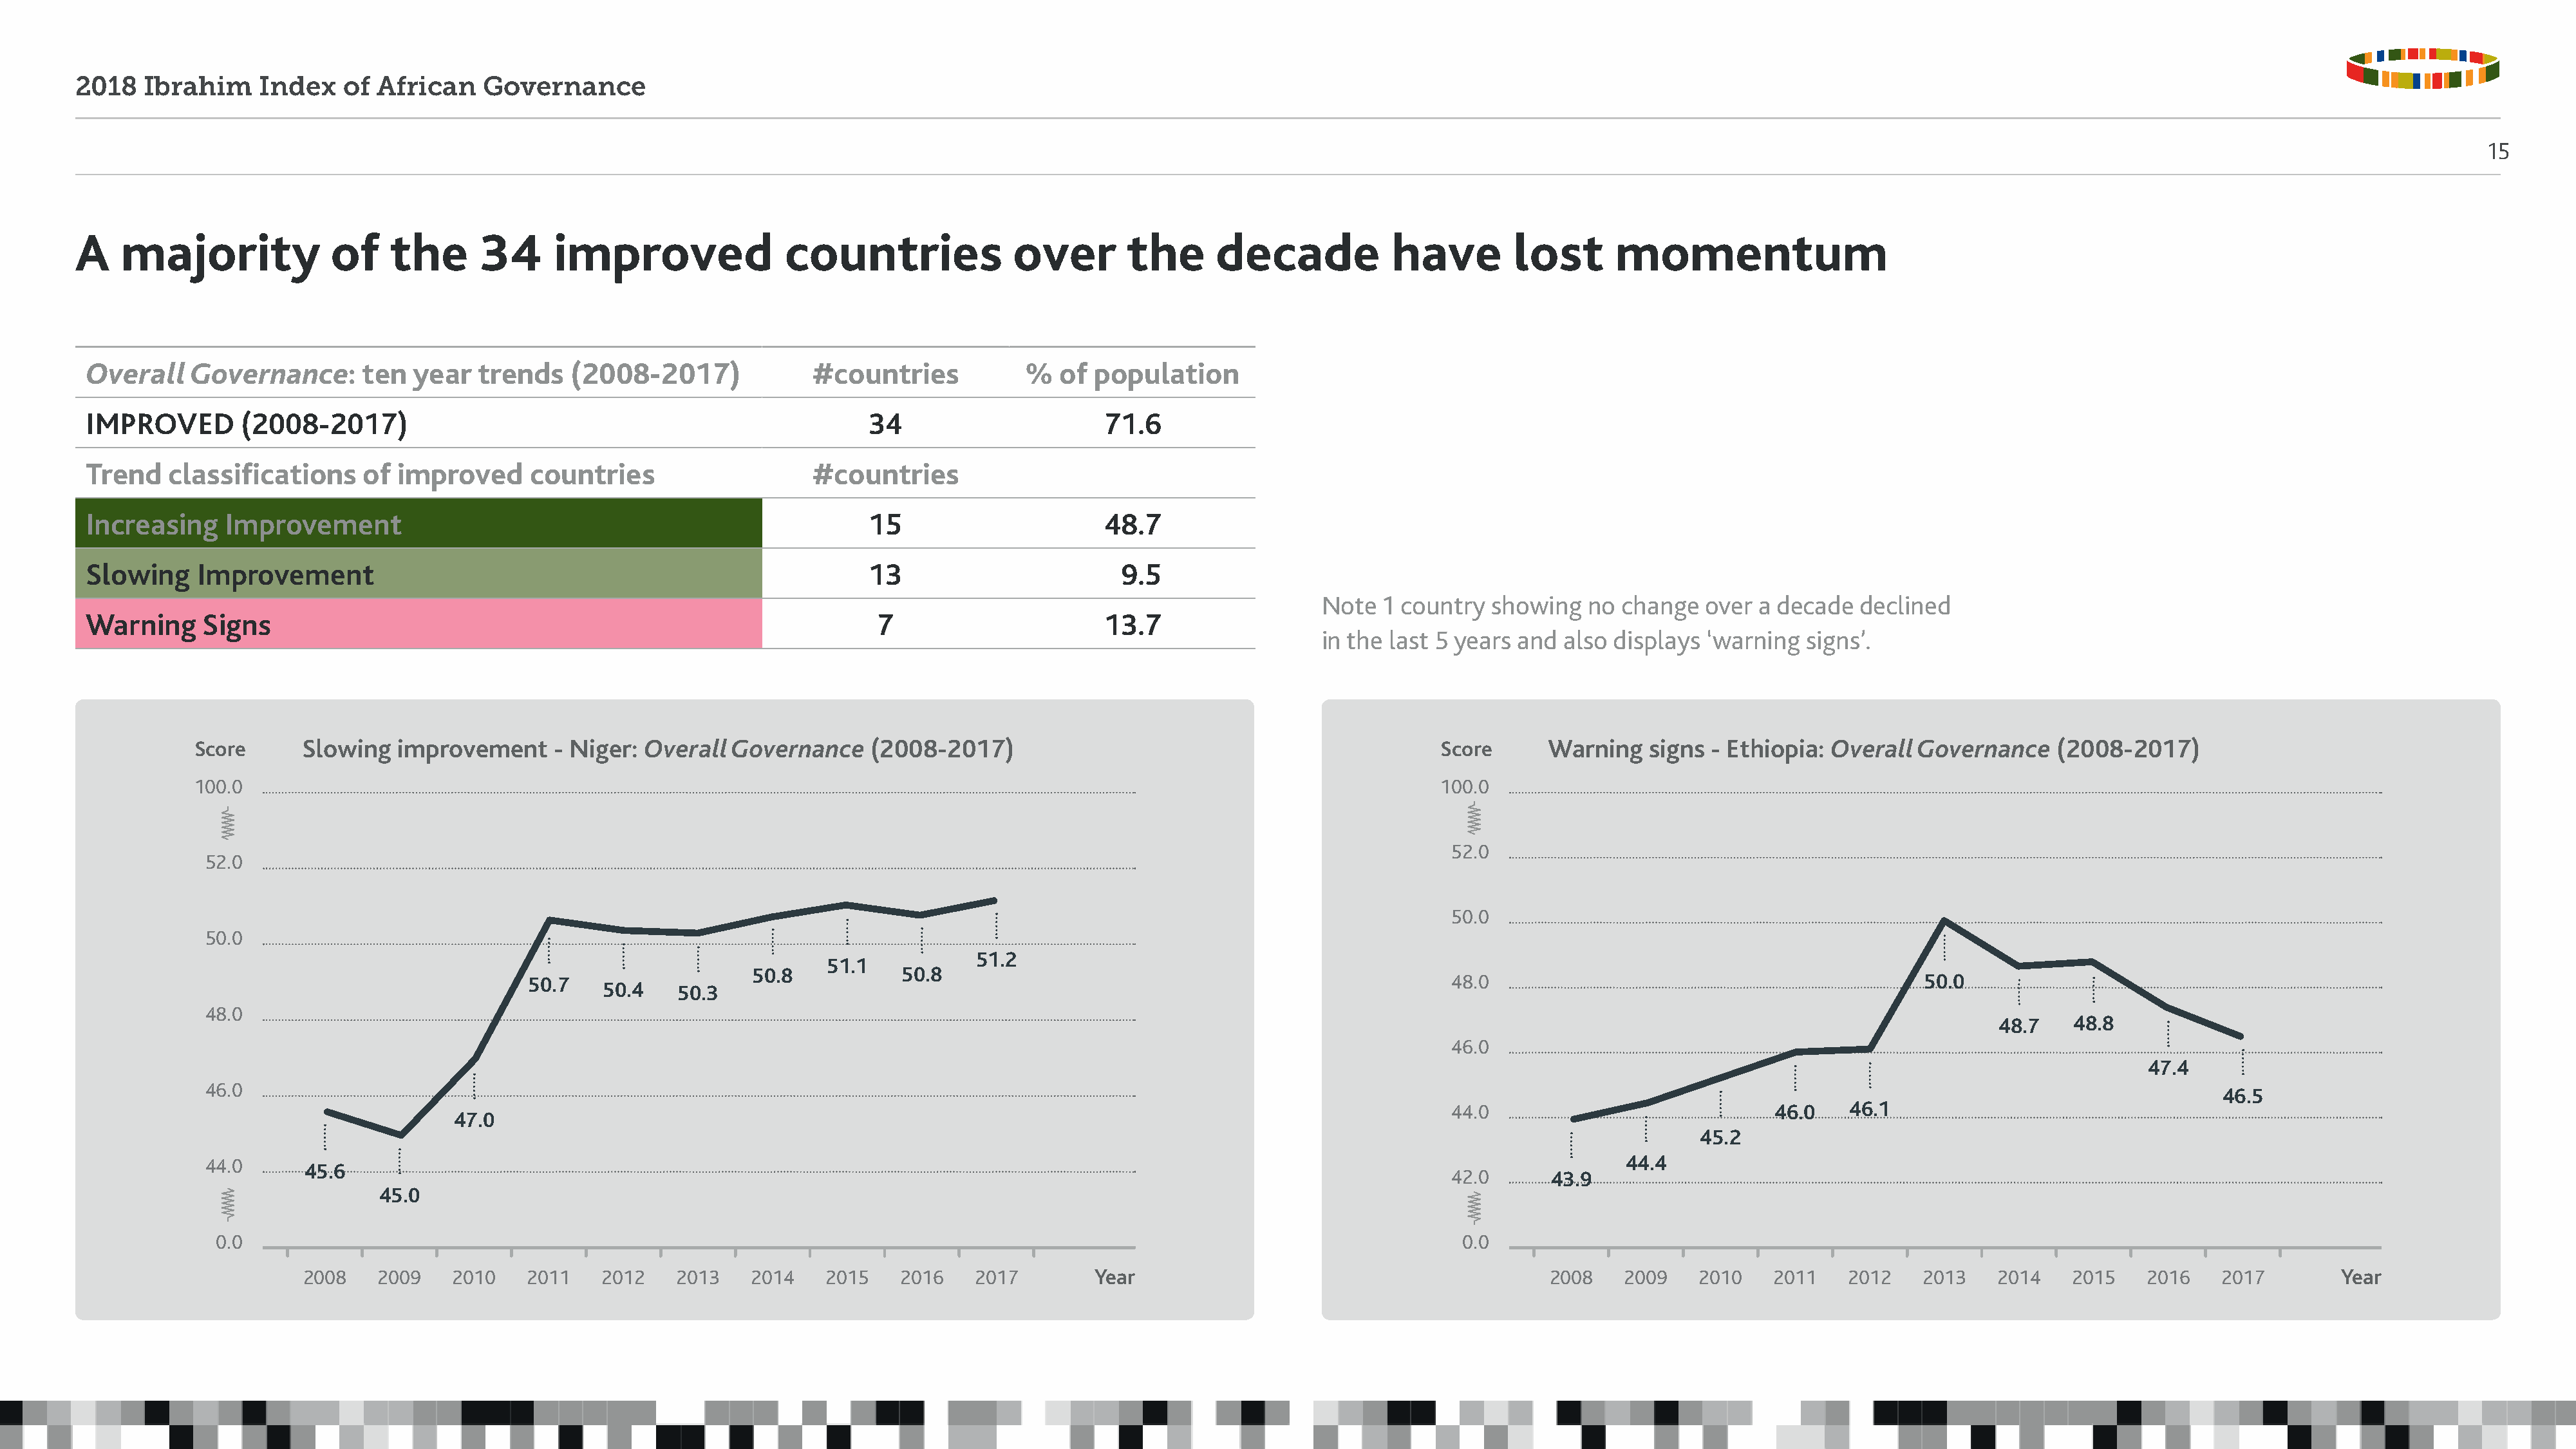
2018   Ibrahim     Index   of  African    Governance
 15
 A   majority              of    the      34      improved                countries              over        the      decade            have         lost      momentum
 Overall    Governance:      ten  year   trends    (2008-2017)             #countries            %   of population
 IMPROVED        (2008-2017)                                                     34                       71.6
 Trend   classifications     of  improved     countries                    #countries
 Increasing    Improvement                                                       15                       48.7
 Slowing    Improvement                                                          13                        9.5
 Note  1 country  showing   no  change  over  a decade  declined
 Warning     Signs                                                                7                       13.7
 in the last 5 years and  also displays ‘warning   signs’.
 Score      Slowing   improvement     - Niger: Overall  Governance    (2008-2017)                                                Score      Warning    signs - Ethiopia: Overall  Governance    (2008-2017)
 100.0                                                                                                                           100.0
 52.0
 52.0
 50.0
 50.0
 51.2
 51.1
 50.8            50.8
 50.7                                                                                           48.0                                             50.0
 50.4    50.3
 48.0
 48.7    48.8
 46.0
 47.4
 46.0
 46.5
 44.0                             46.0    46.1
 47.0
 45.2
 44.0                                                                                                                                              44.4
 45.6
 42.0      43.9
 45.0
 0.0                                                                                                                             0.0
 2008    2009   2010    2011    2012    2013   2014    2015    2016   2017        Year                                           2008    2009    2010   2011    2012    2013   2014    2015    2016   2017         Year